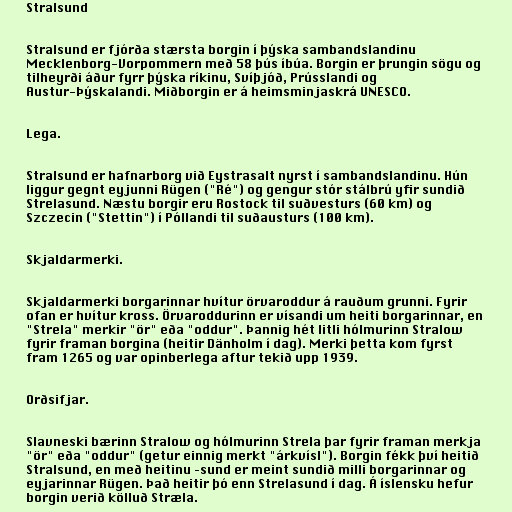
Stralsund

Stralsund er fjórða stærsta borgin í þýska sambandslandinu
Mecklenborg-Vorpommern með 58 þús íbúa. Borgin er þrungin sögu og
tilheyrði áður fyrr þýska ríkinu, Svíþjóð, Prússlandi og
Austur-Þýskalandi. Miðborgin er á heimsminjaskrá UNESCO.

Lega.

Stralsund er hafnarborg við Eystrasalt nyrst í sambandslandinu. Hún
liggur gegnt eyjunni Rügen ("Ré") og gengur stór stálbrú yfir sundið
Strelasund. Næstu borgir eru Rostock til suðvesturs (60 km) og
Szczecin ("Stettin") í Póllandi til suðausturs (100 km).

Skjaldarmerki.

Skjaldarmerki borgarinnar hvítur örvaroddur á rauðum grunni. Fyrir
ofan er hvítur kross. Örvaroddurinn er vísandi um heiti borgarinnar, en
"Strela" merkir "ör" eða "oddur". Þannig hét litli hólmurinn Stralow
fyrir framan borgina (heitir Dänholm í dag). Merki þetta kom fyrst
fram 1265 og var opinberlega aftur tekið upp 1939.

Orðsifjar.

Slavneski bærinn Stralow og hólmurinn Strela þar fyrir framan merkja
"ör" eða "oddur" (getur einnig merkt "árkvísl"). Borgin fékk því heitið
Stralsund, en með heitinu –sund er meint sundið milli borgarinnar og
eyjarinnar Rügen. Það heitir þó enn Strelasund í dag. Á íslensku hefur
borgin verið kölluð Stræla.